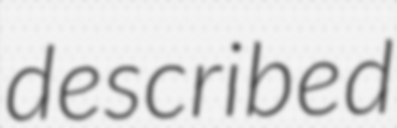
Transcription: described